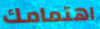
اهتمامك